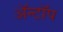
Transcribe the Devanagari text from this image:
ॲन्टॉप